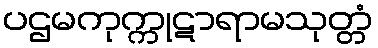
ပဌမကုက္ကုဋာရာမသုတ္တံ